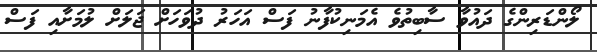
ލޯންޑަރިންގެ ދައުވާ ސާބިތުވެ އެމަނިކުފާނު ފަސް އަހަރު ދުވަހަށް ޖަލަށް ލުމަށާއި ފަސް